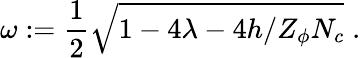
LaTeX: \omega:=\frac 12\sqrt{1-4\lambda-4h/Z_{\phi}N_{c}}\; .